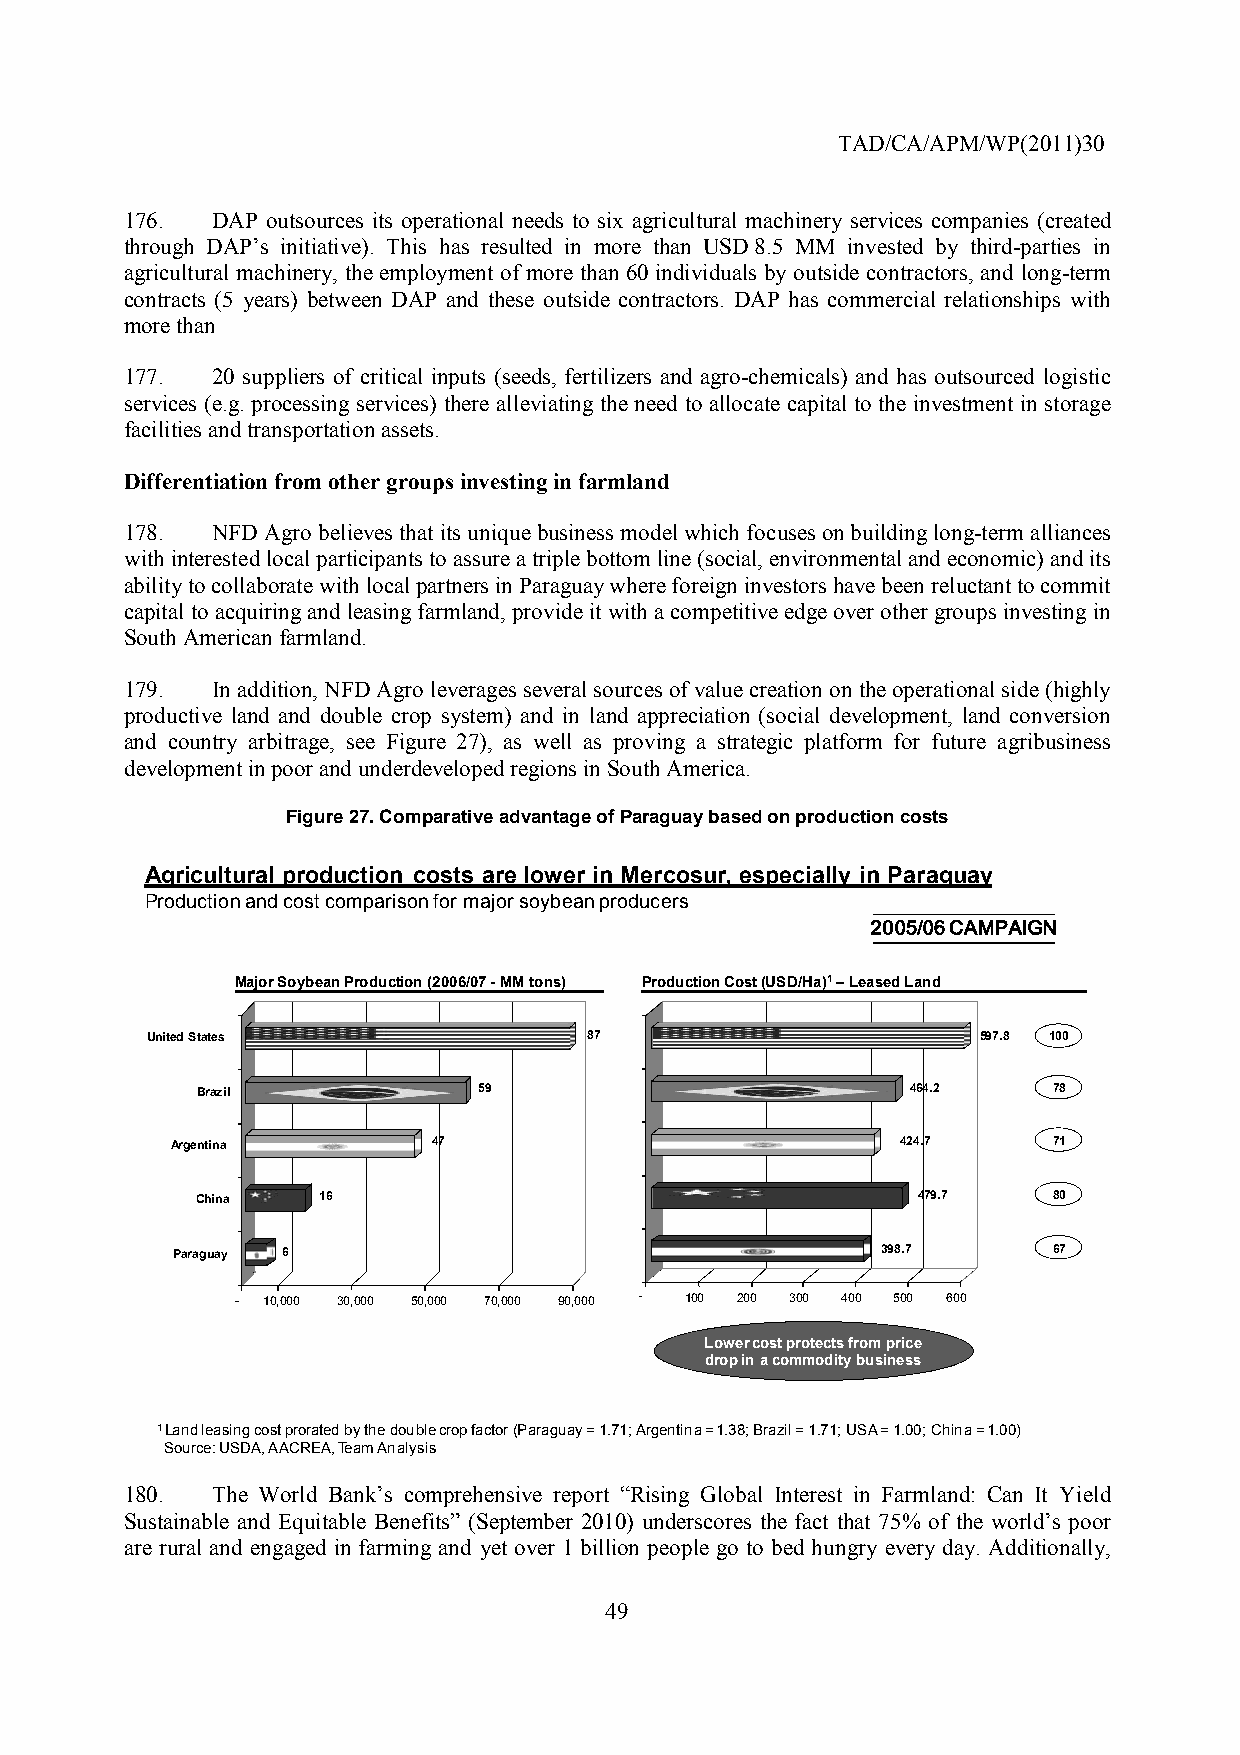
TAD/CA/APM/WP(2011)30
 176.  DAP outsources its operational needs to six agricultural machinery services companies (created
 through DAP’s initiative). This has resulted in more than USD 8.5 MM invested by third-parties in
 agricultural machinery, the employment of more than 60 individuals by outside contractors, and long-term
 contracts (5 years) between DAP and these outside contractors. DAP has commercial relationships with
 more than
 177.  20 suppliers of critical inputs (seeds, fertilizers and agro-chemicals) and has outsourced logistic
 services (e.g. processing services) there alleviating the need to allocate capital to the investment in storage
 facilities and transportation assets.
 Differentiation from other groups investing in farmland
 178.  NFD Agro believes that its unique business model which focuses on building long-term alliances
 with interested local participants to assure a triple bottom line (social, environmental and economic) and its
 ability to collaborate with local partners in Paraguay where foreign investors have been reluctant to commit
 capital to acquiring and leasing farmland, provide it with a competitive edge over other groups investing in
 South American farmland.
 179.  In addition, NFD Agro leverages several sources of value creation on the operational side (highly
 productive land and double crop system) and in land appreciation (social development, land conversion
 and country arbitrage, see Figure 27), as well as proving a strategic platform for future agribusiness
 development in poor and underdeveloped regions in South America.
 Figure 27. Comparative advantage of Paraguay based on production costs
 Agricultural production costs are lower in Mercosur, especially in Paraguay
 Production and cost comparison for major soybean producers
 2005/06 CAMPAIGN
 Major Soybean Production (2006/07 -MM tons) Production Cost (USD/Ha)1–Leased Land
 United States                87                        597.8 110000
 Brazil             59                          464.2     78
 Argentina         47                             424.7     71
 China   16                                      479.7    80
 Paraguay 6                                     398.7       67
 - 10,000 30,000 50,000 70,000 90,000 - 100 200 300 400 500 600
 Lower cost protects from price
 drop in a commodity business
 1Land leasing cost prorated by the double crop factor (Paraguay = 1.71; Argentina = 1.38; Brazil = 1.71; USA = 1.00; China = 1.00)
 Source: USDA, AACREA, Team Analysis
 180.  The World Bank’s comprehensive report “Rising Global Interest in Farmland: Can It Yield
 Sustainable and Equitable Benefits” (September 2010) underscores the fact that 75% of the world’s poor
 are rural and engaged in farming and yet over 1 billion people go to bed hungry every day. Additionally,
 49